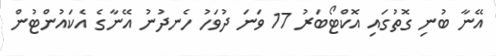
އޭނާ ބުނި ގޮތުގައި އޮކްޓޯބަރު 17 ވަނަ ދުވަހު ހެނދުނު އޭނާގެ އެކައުންޓުން